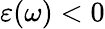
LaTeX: \varepsilon(\omega)<0